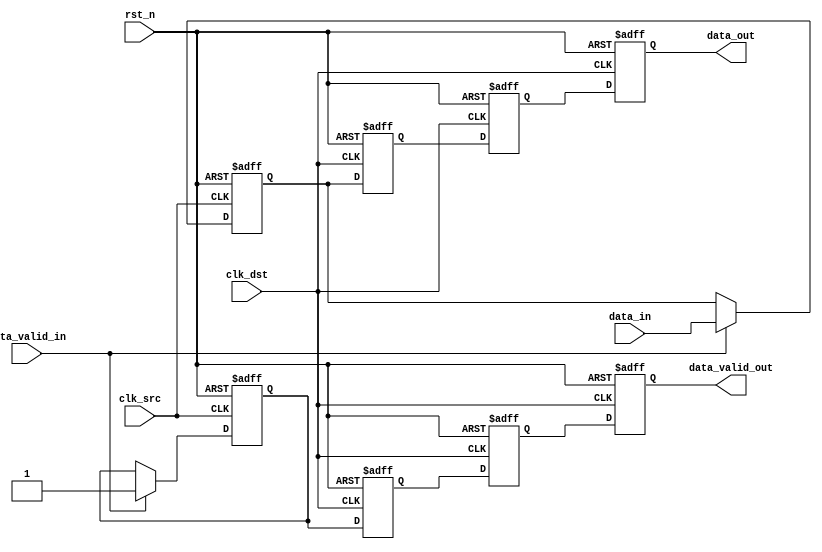
module MemoryBlocksPipelineSynchronizer #(
    parameter DATA_WIDTH = 8,      // Width of the data
    parameter PIPELINE_STAGES = 2   // Number of pipeline stages
)(
    input wire clk_src,             // Source clock
    input wire clk_dst,             // Destination clock
    input wire rst_n,               // Asynchronous reset (active low)
    input wire [DATA_WIDTH-1:0] data_in, // Data input from source clock domain
    input wire data_valid_in,       // Valid signal for input data
    output reg [DATA_WIDTH-1:0] data_out, // Synchronized data output
    output reg data_valid_out       // Valid signal for output data
);

    // Intermediate registers for pipeline stages
    reg [DATA_WIDTH-1:0] data_pipeline [0:PIPELINE_STAGES-1];
    reg data_valid_pipeline [0:PIPELINE_STAGES-1];

    // Capture data in the source clock domain
    reg [DATA_WIDTH-1:0] data_reg;
    reg data_valid_reg;

    always @(posedge clk_src or negedge rst_n) begin
        if (!rst_n) begin
            data_reg <= 0;
            data_valid_reg <= 0;
        end else if (data_valid_in) begin
            data_reg <= data_in;
            data_valid_reg <= 1;
        end
    end

    // Transfer data to the destination clock domain
    integer i;
    always @(posedge clk_dst or negedge rst_n) begin
        if (!rst_n) begin
            // Reset pipeline stages
            for (i = 0; i < PIPELINE_STAGES; i = i + 1) begin
                data_pipeline[i] <= 0;
                data_valid_pipeline[i] <= 0;
            end
            data_out <= 0;
            data_valid_out <= 0;
        end else begin
            // Shift data through pipeline stages
            data_pipeline[0] <= data_reg;
            data_valid_pipeline[0] <= data_valid_reg;

            for (i = 1; i < PIPELINE_STAGES; i = i + 1) begin
                data_pipeline[i] <= data_pipeline[i-1];
                data_valid_pipeline[i] <= data_valid_pipeline[i-1];
            end

            // Output the last stage of the pipeline
            data_out <= data_pipeline[PIPELINE_STAGES-1];
            data_valid_out <= data_valid_pipeline[PIPELINE_STAGES-1];
        end
    end

endmodule